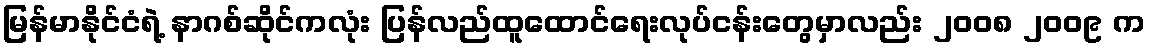
မြန်မာနိုင်ငံရဲ့ နာဂစ်ဆိုင်ကလုံး ပြန်လည်ထူထောင်ရေးလုပ်ငန်းတွေမှာလည်း ၂၀၀၈ ၂၀၀၉ က